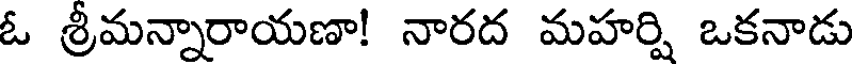
ఓ శ్రీమన్నారాయణా! నారద మహర్షి ఒకనాడు